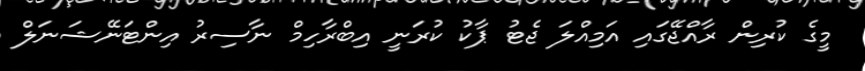
މީގެ ކުރިން ރާއްޖޭގައި އަމިއްލަ ޖެޓު ޕާކު ކުރަނީ އިބްރާހިމް ނާސިރު އިންޓަނޭޝަނަލް